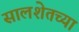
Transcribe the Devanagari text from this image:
सालशेतच्या